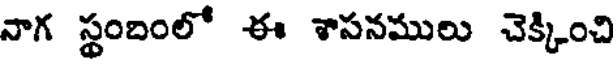
నాగ స్థంబంలో ఈ శాసనములు చెక్కించి